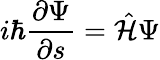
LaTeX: i\hbar\frac{\partial\Psi}{\partial s}=\hat{\cal H}\Psi